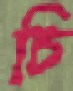
চি